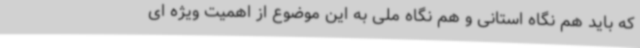
که باید هم نگاه استانی و هم نگاه ملی به این موضوع از اهمیت ویژه ای